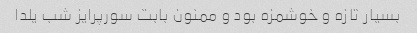
بسیار تازه و خوشمزه بود و ممنون بابت سورپرایز شب یلدا